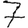
Digit: 7